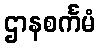
ဌာနစင်္ကမံ